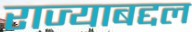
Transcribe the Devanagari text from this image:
राज्याबद्दल